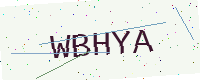
Text: WBHYA